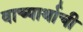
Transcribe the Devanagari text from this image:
वाच्यार्थाची